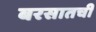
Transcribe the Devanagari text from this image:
बरसातची